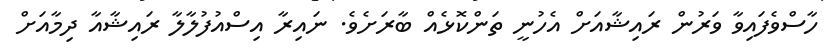
ހާސްވެފައިވާ ވަރުން ރައިޝާއަށް އެހުނީ ތަންކޮޅެއް ބާރަށެވެ. ނައިރާ އިސްއުފުލާލާ ރައިޝާއާ ދިމާއަށް